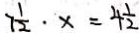
7 \frac { 1 } { 2 } \cdot x = 4 \frac { 1 } { 2 }